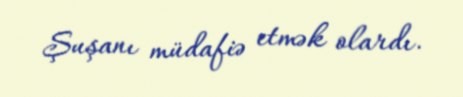
Şuşanı müdafiə etmək olardı.